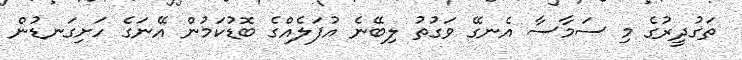
ތަގުދީރުގެ މި ސަމާސާ އެނގޭ ވަގުތު ލިބޭނެ އުފަލެއްގެ ބޮޑުކަމުން އޭނަގެ ހަށިގަނޑުން